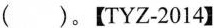
( )$$。【TYZ-2014】